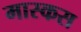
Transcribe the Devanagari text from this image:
मास्कस